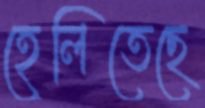
হেলিতেছে